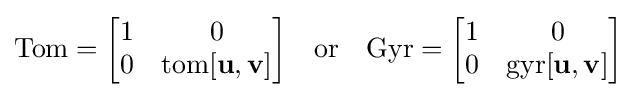
\mathrm {Tom} ={\begin{bmatrix}1&0\\0&\mathrm {tom} [\mathbf {u} ,\mathbf {v} ]\end{bmatrix}}\quad {\text{or}}\quad \mathrm {Gyr} ={\begin{bmatrix}1&0\\0&\mathrm {gyr} [\mathbf {u} ,\mathbf {v} ]\end{bmatrix}}